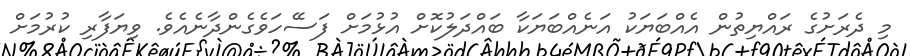
މި ދެރަށުގެ ރައްޔިތުން އެއްބަޔަކު އަނެއްބަޔަކާ ބައްދަލުކޮށް އުޅުމަށް ފަސޭހަވެގެންދާނެއެވެ. ވިޔަފާރި ކުރުމަށް